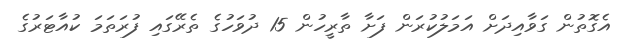
އެގޮތުން ގަވާއިދަށް އަމަލުކުރަން ފަށާ ތާރީހުން 15 ދުވަހުގެ ތެރޭގައި ފުރަތަމަ ކުއާޓަރުގެ